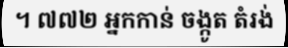
។ ៧៧២ អ្នកកាន់ ចង្កូត តំរង់